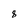
Character: 8